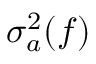
\sigma _ { a } ^ { 2 } ( f )